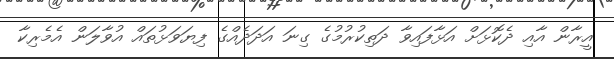
އީރާން އާއި ދެކޮޅަށް އަޅާފައިވާ ދަތިކުރުމުގެ ގިނަ އަދަދެއްގެ ފިޔަވަޅުތައް އުވާލަން އެމެރިކާ